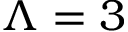
\Lambda = 3